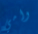
وامي